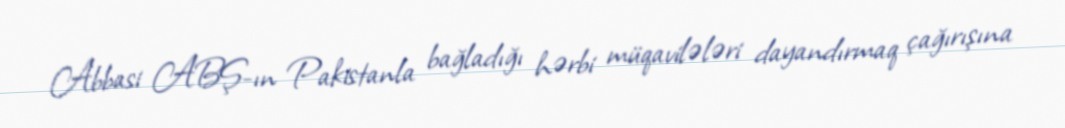
Abbasi ABŞ-ın Pakistanla bağladığı hərbi müqavilələri dayandırmaq çağırışına